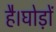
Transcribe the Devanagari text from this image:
है।घोड़ों